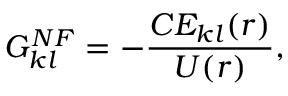
\boldsymbol { G _ { k l } ^ { N F } } = - \frac { C E _ { k l } ( r ) } { U ( r ) } ,